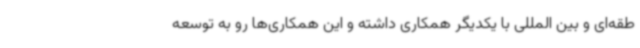
طقه‌ای و بین المللی با یکدیگر همکاری داشته و این همکاری‌ها رو به توسعه